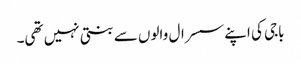
باجی کی اپنے سسرال والوں سے بنتی نہیں تھی۔